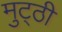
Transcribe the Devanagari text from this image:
मुट्‌ठी